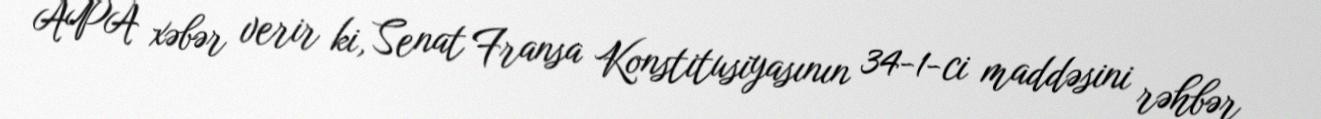
APA xəbər verir ki, Senat Fransa Konstitusiyasının 34-1-ci maddəsini rəhbər